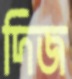
দিজ